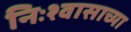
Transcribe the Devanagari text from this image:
निःश्वासाच्या